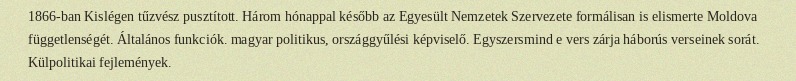
1866-ban Kislégen tűzvész pusztított. Három hónappal később az Egyesült Nemzetek Szervezete formálisan is elismerte Moldova függetlenségét. Általános funkciók. magyar politikus, országgyűlési képviselő. Egyszersmind e vers zárja háborús verseinek sorát. Külpolitikai fejlemények.